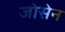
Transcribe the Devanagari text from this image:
जोसेन